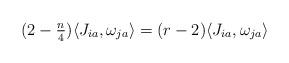
LaTeX: \begin{align*}(2-\tfrac n4) \langle J_{ia}, \omega_{ja} \rangle = (r-2) \langle J_{ia}, \omega_{ja} \rangle\end{align*}